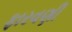
ફારવણી